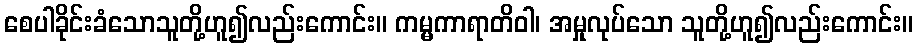
စေပါခိုင်းခံသောသူတို့ဟူ၍လည်းကောင်း။ ကမ္မကာရာတိဝါ၊ အမှုလုပ်သော သူတို့ဟူ၍လည်းကောင်း။